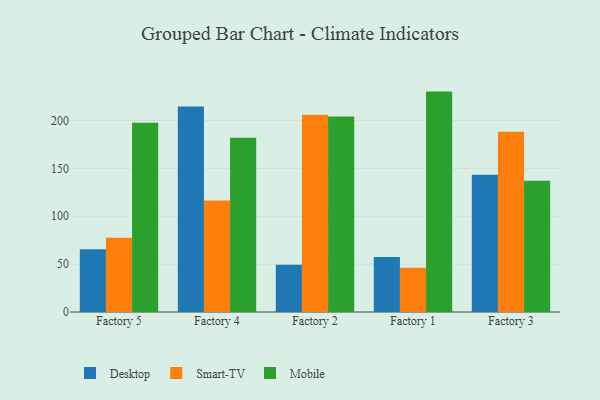
{"axis": {"x": "Factory", "y": "Production Output"}, "legend": ["Desktop", "Mobile", "Smart-TV"], "data": [{"x": "Factory 5", "y": 65.5, "type": "Desktop"}, {"x": "Factory 5", "y": 77.6, "type": "Smart-TV"}, {"x": "Factory 5", "y": 197.7, "type": "Mobile"}, {"x": "Factory 4", "y": 214.5, "type": "Desktop"}, {"x": "Factory 4", "y": 116.3, "type": "Smart-TV"}, {"x": "Factory 4", "y": 181.8, "type": "Mobile"}, {"x": "Factory 2", "y": 49.3, "type": "Desktop"}, {"x": "Factory 2", "y": 206.0, "type": "Smart-TV"}, {"x": "Factory 2", "y": 204.1, "type": "Mobile"}, {"x": "Factory 1", "y": 57.4, "type": "Desktop"}, {"x": "Factory 1", "y": 46.3, "type": "Smart-TV"}, {"x": "Factory 1", "y": 230.1, "type": "Mobile"}, {"x": "Factory 3", "y": 143.4, "type": "Desktop"}, {"x": "Factory 3", "y": 188.1, "type": "Smart-TV"}, {"x": "Factory 3", "y": 137.1, "type": "Mobile"}]}